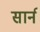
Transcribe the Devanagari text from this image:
सार्न